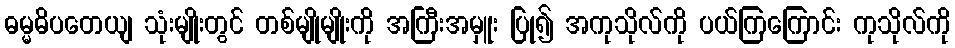
ဓမ္မဓိပတေယျ သုံးမျိုးတွင် တစ်မျိုမျိုးကို အကြီးအမှူး ပြု၍ အကုသိုလ်ကို ပယ်ကြကြောင်း ကုသိုလ်ကို